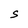
Character: S